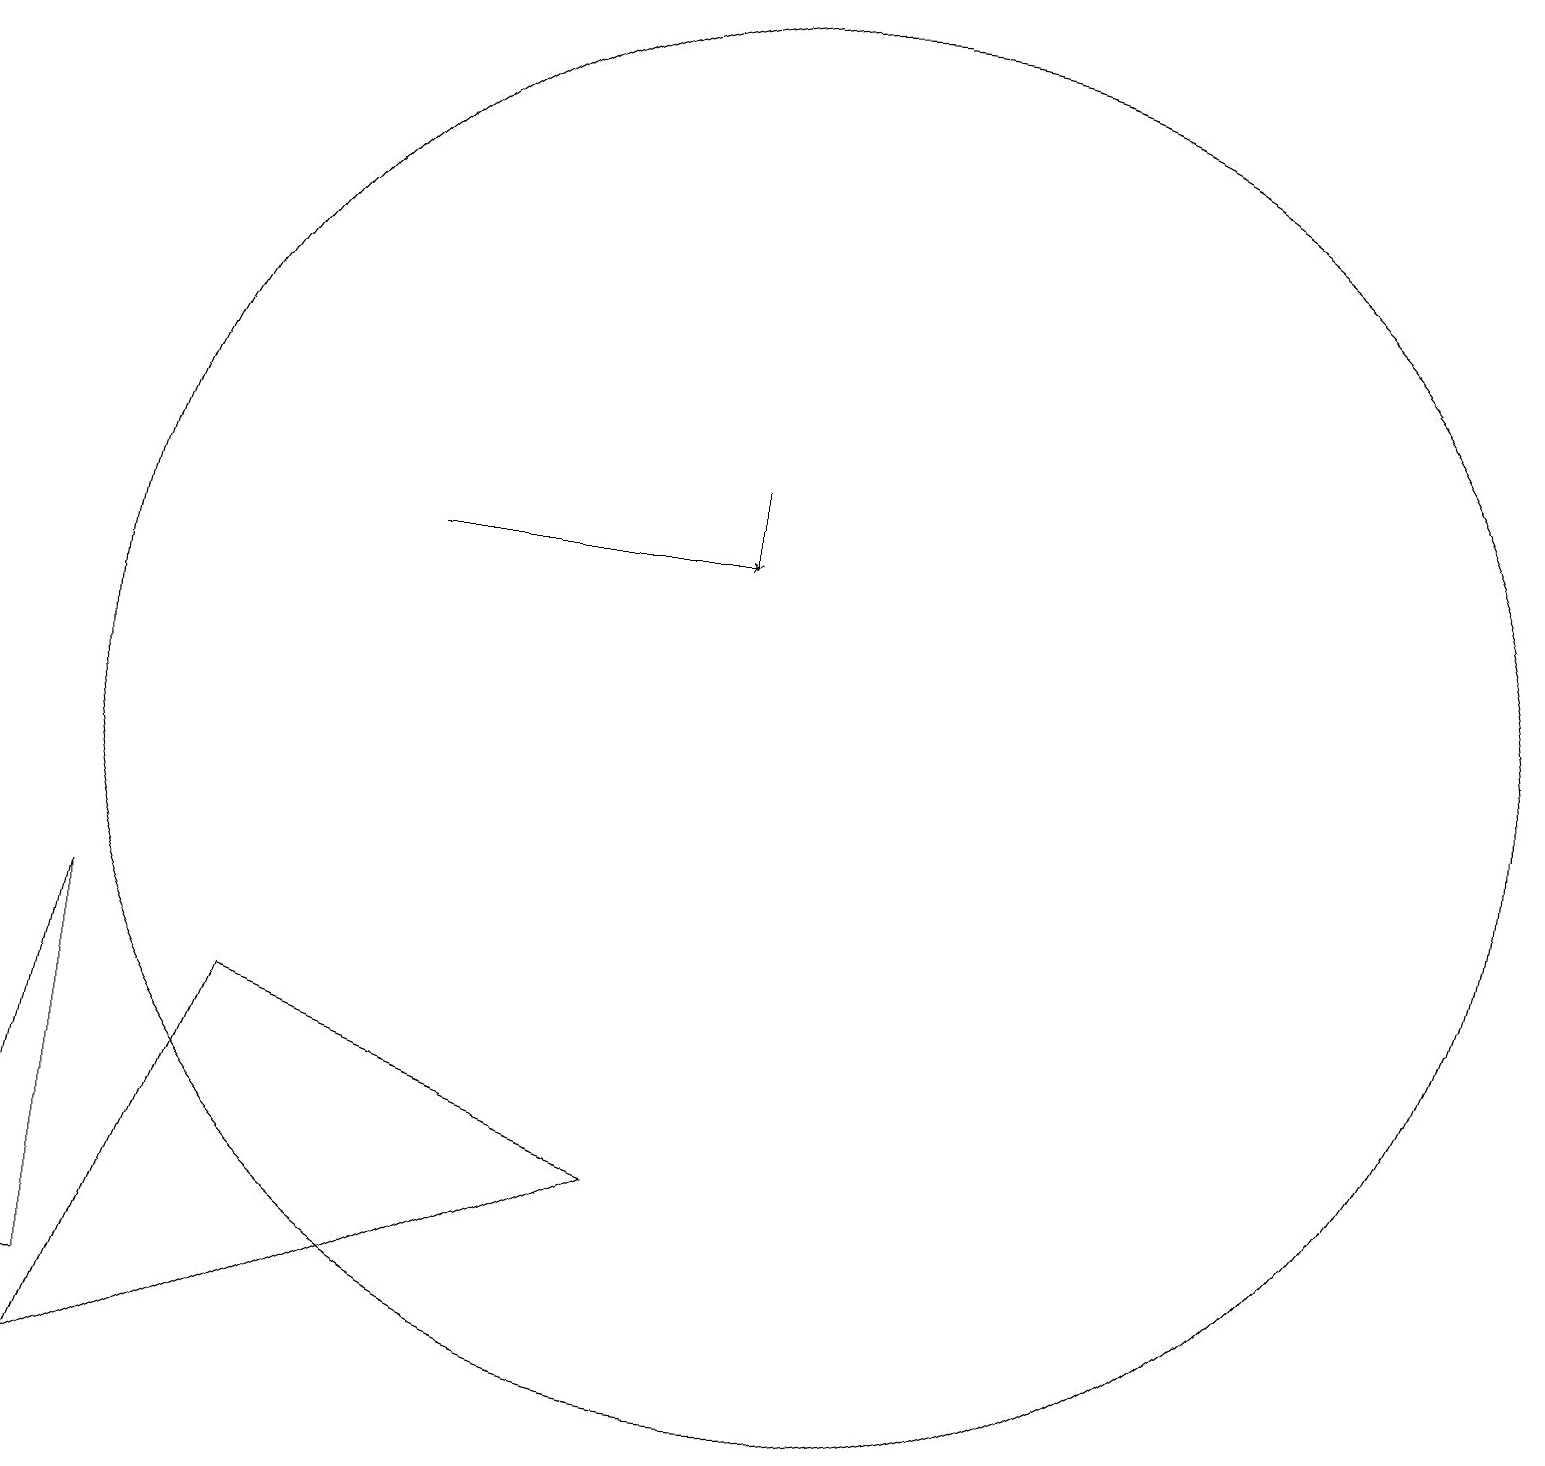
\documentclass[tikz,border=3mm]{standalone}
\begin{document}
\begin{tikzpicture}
\draw (1,3) -- (1,8) -- (0,3) -- cycle;
\draw (10,11) circle (9);
\draw[->] (5,13) -- (9,13);
\draw (3,7) -- (1,2) -- (8,5) -- cycle;
\draw[->] (9,14) -- (9,13);
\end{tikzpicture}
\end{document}